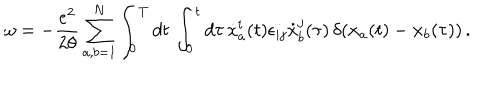
\omega = - { \frac { e ^ { 2 } } { 2 \theta } } \sum _ { a , b = 1 } ^ { N } \int _ { 0 } ^ { T } d t \, \int _ { 0 } ^ { t } d \tau \, { \dot { x } } _ { a } ^ { i } ( t ) \epsilon _ { i j } { \dot { x } } _ { b } ^ { j } ( \tau ) \, \delta ( { \bf x } _ { a } ( t ) - { \bf x } _ { b } ( \tau ) ) \, .